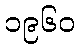
၁၉၆၀